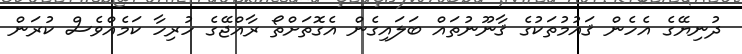
ދުނިޔޭގެ އެހެން ޤައުމުތަކުގެ ޤާނޫނުތައް ބަލައިގެން އެގޮތަށްތޯ ރާއްޖޭގެ ހުރިހާ ކަމެއްވެސް ކުރަން